Tezpur Lunatic Asylum reports 1877-1894 - 1877-1894
Year: 1877
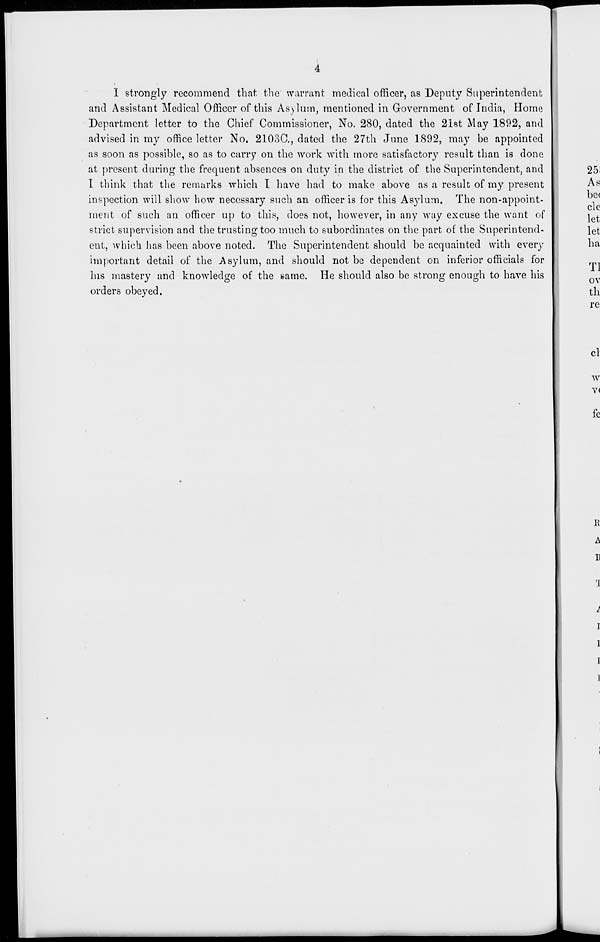
I strongly recommend that the warrant medical officer, as Deputy Superintendent
and Assistant Medical Officer of this As)lum, mentioned in Government of India, Home
Department letter to the Chief Commissioner, No. 280, dated the 21st May 1892, and
advised in my office letter No. 2103C, dated the 27th June 1892, may be appointed
as soon as possible, so as to carry on the work with more satisfactory result than is done
at present during the frequent absences on duty in the district of the Superintendent, and
I think that the remarks which I have had to make above as a result of my present
inspection will show how necessary such an officer is for this Asylum. The non-appoint-
ment of such an officer up to this, does not, however, in any way excuse the want of
strict supervision and the trusting too much to subordinates on the part of the Superintend-
ent, which has been above noted. The Superintendent should be acquainted with ever) 7
important detail of the Asylum, and should not be dependent on inferior officials for
his mastery and knowledge of the same. He should also be strong enough to have his
orders obeyed.